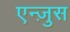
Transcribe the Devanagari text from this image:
एन्ज़ुस